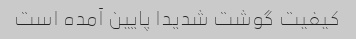
کیفیت گوشت شدیدا پایین آمده است